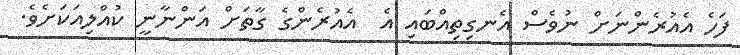
ފަހެ އެއުރެންނަށް ނުވެސް އެނގިތިއްބައި އެ  އެއުރެންގެ ގާތަށް އަންނާނީ ކުއްލިއަކަށެވެ.